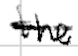
Text: the
Cross-out: single-line
Writing tool: digital_black